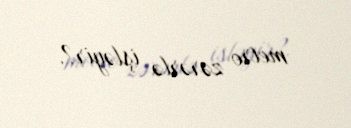
metro zərərlə işləyir?.